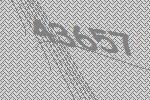
43657